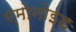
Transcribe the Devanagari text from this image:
एमोनोइड